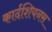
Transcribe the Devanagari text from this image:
कार्दशियनस